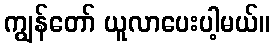
ကျွန်တော် ယူလာပေးပါ့မယ်။